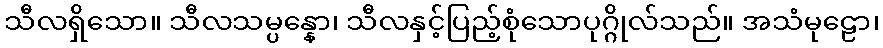
သီလရှိသော။ သီလသမ္ပန္နော၊ သီလနှင့်ပြည့်စုံသောပုဂ္ဂိုလ်သည်။ အသံမုဠော၊